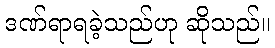
ဒဏ်ရာရခဲ့သည်ဟု ဆိုသည်။